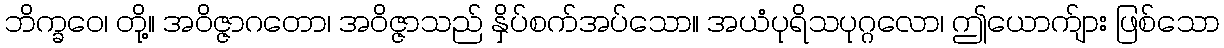
ဘိက္ခဝေ၊ တို့။ အဝိဇ္ဇာဂတော၊ အဝိဇ္ဇာသည် နှိပ်စက်အပ်သော။ အယံပုရိသပုဂ္ဂလော၊ ဤယောက်ျား ဖြစ်သော